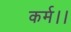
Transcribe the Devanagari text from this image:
कर्म।।